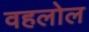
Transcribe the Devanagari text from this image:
वहलोल